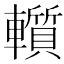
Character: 𨏑